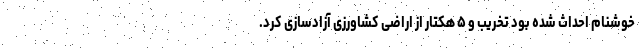
خوشنام احداث شده بود تخریب و ۵ هکتار از اراضی کشاورزی آزادسازی کرد.